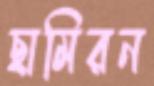
ছামিরন